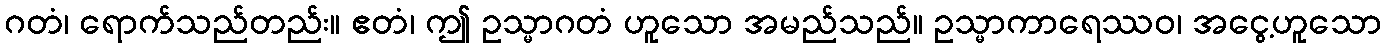
ဂတံ၊ ရောက်သည်တည်း။ ဧတံ၊ ဤ ဥသ္မာဂတံ ဟူသော အမည်သည်။ ဥသ္မာကာရေဿဝ၊ အငွေ့ဟူသော